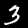
Digit: 3